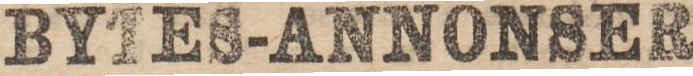
BYTES-ANNONSER.